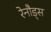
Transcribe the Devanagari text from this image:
रेनौड्स